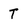
Character: T